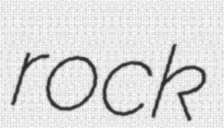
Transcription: rock